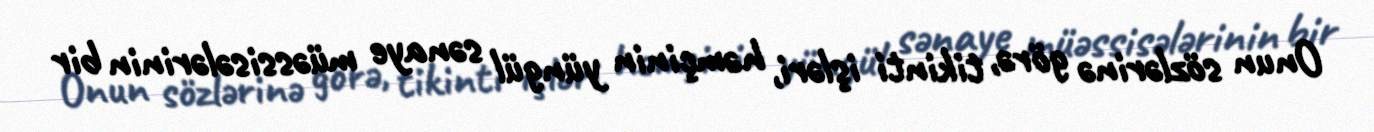
Onun sözlərinə görə, tikinti işləri, həmçinin yüngül sənaye müəssisələrinin bir